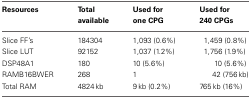
| Resources | Total available | Used for one CPG | Used for 240 CPGs |
 | --- | --- | --- | --- |
 | Slice FF's | 184304 | 1,093 (0.6%) | 1,459 (0.8%) |
 | Slice LUT | 92152 | 1,037 (1.2%) | 1,756 (1.9%) |
 | DSP48A1 | 180 | 10 (5.6%) | 10 (5.6%) |
 | RAMB16BWER | 268 | 1 | 42 (756 kb) |
 | Total RAM | 4824 kb | 9 kb (0.2%) | 765 kb (16%) |